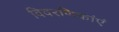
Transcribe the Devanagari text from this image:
विवरणिकांएं